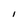
Character: l